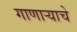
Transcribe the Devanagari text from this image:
गाणार्‍याचे